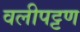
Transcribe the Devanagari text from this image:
वलीपट्टण